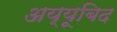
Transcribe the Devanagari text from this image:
अय्यूबिद